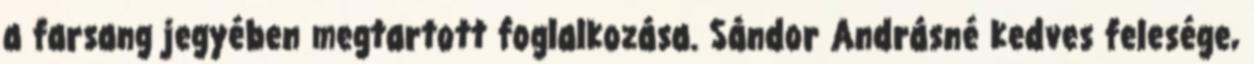
a farsang jegyében megtartott foglalkozása. Sándor Andrásné kedves felesége,